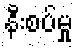
နီးစပ်မှု